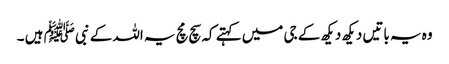
وہ یہ باتیں دیکھ دیکھ کے جی میں کہتے کہ سچ مچ یہ اللہ کے نبی ﷺ ہیں ۔